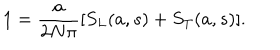
1 = \frac { a } { 2 N \pi } [ S _ { L } ( a , s ) + S _ { T } ( a , s ) ] .